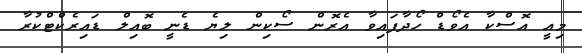
މިއީ އޮސްކާ އެވޯޑް ހޯދާފައިވާ އެރޮން ސޯކިން ލިޔެ ޑެނީ ބޮއިލް ޑައިރެކްޓްކުރާ